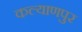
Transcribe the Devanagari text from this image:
कल्‍याणपुर